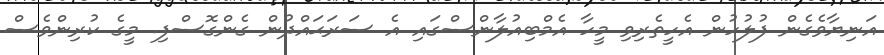
އަނިޔާވެގެން ފުލުހުން އެހީތެރިވި މީހާ އެމްބިއުލާންސްގައި އެ ސަރަޙައްދުން ގެންގޮސްފި. މީގެ ކުރިންވެސް